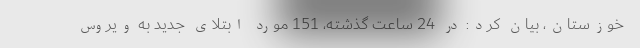
خوزستان، بیان کرد: در 24 ساعت گذشته، 151 مورد ابتلای جدید به ویروس